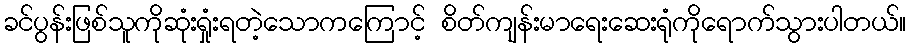
ခင်ပွန်းဖြစ်သူကိုဆုံးရှုံးရတဲ့သောကကြောင့် စိတ်ကျန်းမာရေးဆေးရုံကိုရောက်သွားပါတယ်။